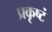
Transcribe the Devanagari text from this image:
प्रकृष्टं